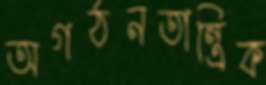
অগঠনতান্ত্রিক